Malaria in India - Number 2
Disease focus: Malaria
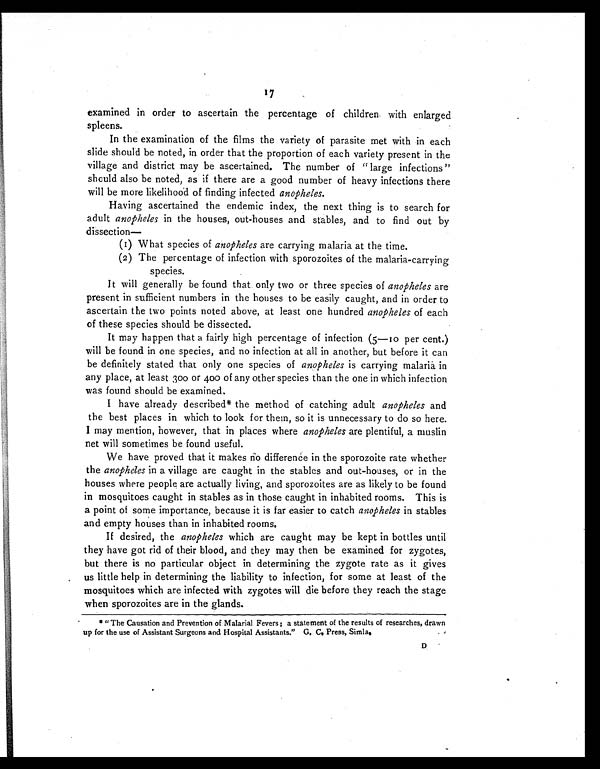
17
examined in order to ascertain the percentage of children with enlarged
spleens.
In the examination of the films the variety of parasite met with in each
slide should be noted, in order that the proportion of each variety present in the
village and district may be ascertained. The number of "large infections"
should also be noted, as if there are a good number of heavy infections there
will be more likelihood of finding infected anopheles.
Having ascertained the endemic index, the next thing is to search for
adult anopheles in the houses, out-houses and stables, and to find out by
dissection—
(1) What species of anopheles are carrying malaria at the time.
(2) The percentage of infection with sporozoites of the malaria-carrying
species.
It will generally be found that only two or three species of anopheles are
present in sufficient numbers in the houses to be easily caught, and in order to
ascertain the two points noted above, at least one hundred anopheles of each
of these species should be dissected.
It may happen that a fairly high percentage of infection (5-10 per cent.)
will be found in one species, and no infection at all in another, but before it can
be definitely stated that only one species of anopheles is carrying malaria in
any place, at least 300 or 400 of any other species than the one in which infection
was found should be examined.
I have already described* the method of catching adult anopheles and
the best places in which to look for them, so it is unnecessary to do so here.
I may mention, however, that in places where anopheles are plentiful, a muslin
net will sometimes be found useful.
We have proved that it makes no differenće in the sporozoite rate whether
the anopheles in a village are caught in the stables and out-houses, or in the
houses where people are actually living, and sporozoites are as likely to be found
in mosquitoes caught in stables as in those caught in inhabited rooms. This is
a point of some importance, because it is far easier to catch anopheles in stables
and empty houses than in inhabited rooms.
If desired, the anopheles which are caught may be kept in bottles until
they have got rid of their blood, and they may then be examined for zygotes,
but there is no particular object in determining the zygote rate as it gives
us little help in determining the liability to infection, for some at least of the
mosquitoes which are infected with zygotes will die before they reach the stage
when sporozoites are in the glands.
* " The Causation and Prevention of Malarial Fevers ; a statement of the results of researches, drawn
up for the use of Assistant Surgeons and Hospital Assistants," G. C. Press, Simla.
D